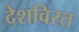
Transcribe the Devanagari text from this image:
देशविरत